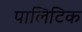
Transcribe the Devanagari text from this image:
पालिटिक